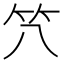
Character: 𱷮